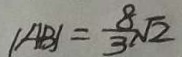
\vert A B \vert = \frac { 8 } { 3 } \sqrt { 2 }